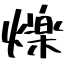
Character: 爍